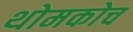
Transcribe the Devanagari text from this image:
थोमकोच